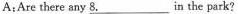
A：Are there any \underline{8.} in the park？